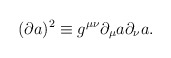
\begin{align*}(\partial a )^{2} \equiv g^{\mu \nu} \partial_\mu a \partial_\nu a .\end{align*}